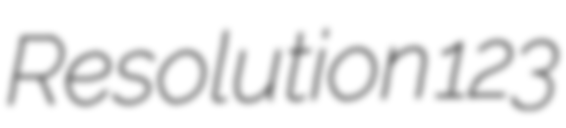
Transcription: Resolution 123